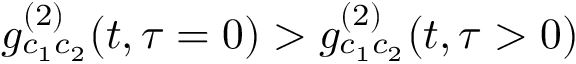
g _ { c _ { 1 } c _ { 2 } } ^ { ( 2 ) } ( t , \tau = 0 ) > g _ { c _ { 1 } c _ { 2 } } ^ { ( 2 ) } ( t , \tau > 0 )